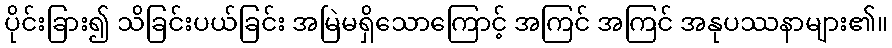
ပိုင်းခြား၍ သိခြင်းပယ်ခြင်း အမြဲမရှိသောကြောင့် အကြင် အကြင် အနုပဿနာများ၏။